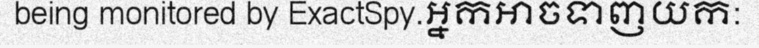
being monitored by ExactSpy.អ្នកអាចទាញយក: